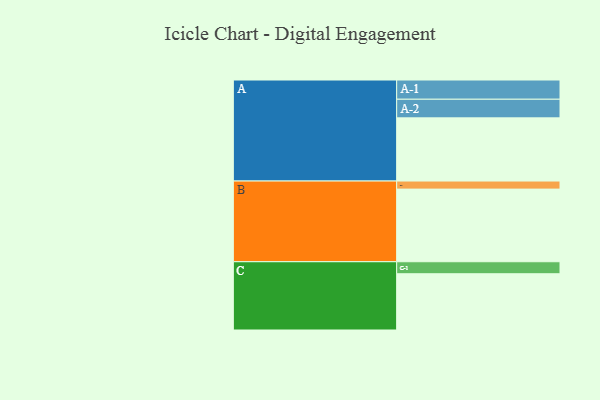
{"axis": {"x": "Segment", "y": "Value"}, "legend": ["", "A", "B", "C"], "data": [{"x": "A", "y": 447, "type": ""}, {"x": "B", "y": 514, "type": ""}, {"x": "C", "y": 398, "type": ""}, {"x": "A-1", "y": 136, "type": "A"}, {"x": "A-2", "y": 132, "type": "A"}, {"x": "B-1", "y": 57, "type": "B"}, {"x": "C-1", "y": 85, "type": "C"}]}